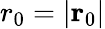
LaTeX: r_{0}=|\mathbf{r}_{0}|